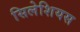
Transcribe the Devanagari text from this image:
सिलेशियस